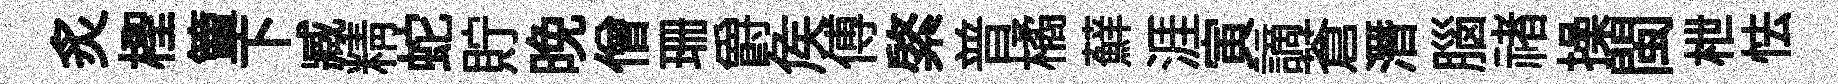
炙檉簟下臧精蛇貯晚僧珊爵矦傅綮普橘蘚涯寅謫蒼潛腦禇操閩枻怯